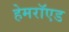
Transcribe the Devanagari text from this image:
हेमरॉएड